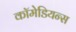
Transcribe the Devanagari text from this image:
कॉमेडियन्स